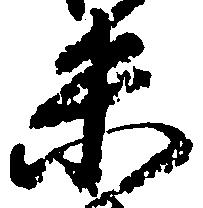
米